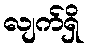
လျက်ရှိ